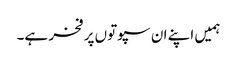
ہمیں اپنے ان سپوتوں پر فخر ہے۔